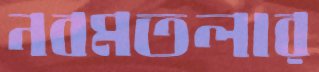
নবমতলার